Civil Veterinary Dept. Assam report 1911-1927 - 1911-1927
Year: 1911
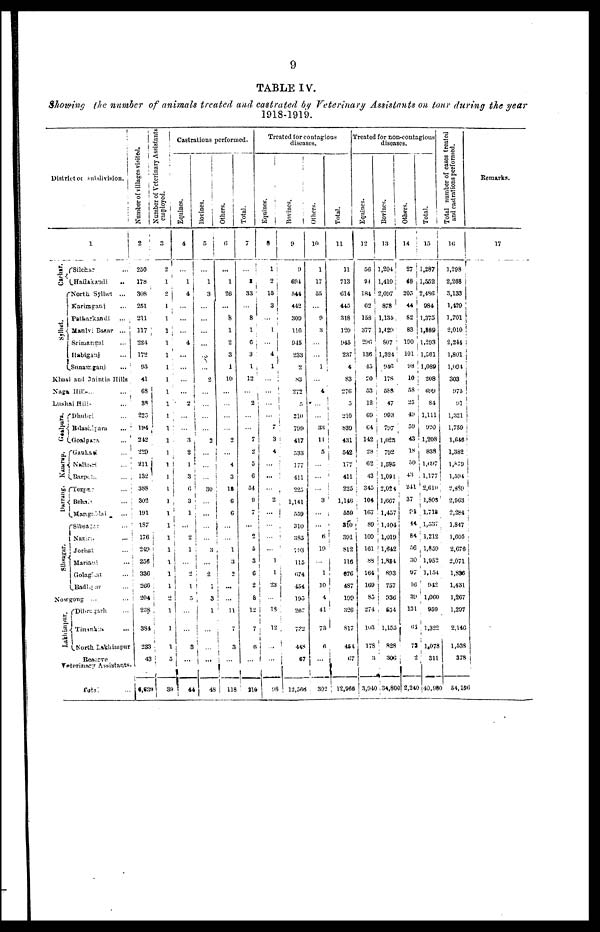
9
TABLE IV.
Showing the number of animals treated and castrated by Veterinary Assistants on tour during the year
1918-1919.
District or subdivision.
1
Cachar
Sylhet.
Silchar ...
Hailakandi ..
North Sylhet ...
Karnaganj ...
Patharkandi
...
Maulvi Bazar ...
Srimangal ...
Habiganj ...
Sunamganj
...
Khasi and Jaintia Hills
Naga Hills ... ...
Lushai Hill ...
Goalpara.
Kamrup.
Darning.
Sibsagar.
Dhubri ...
Bhilaspura ...
Goalpara...
Gauhati ...
Nalbari ...
Barpeta ...
Tezpur ...
Be
Mangaldai ....
Sibsagar ...
Nazira ...
Jorhat ...
Mariani ...
Golaghat ...
Badlipur ...
Nowgong
... ...
Lakhimpur.
Dibrugarh ...
Tinasakia
North Lakhimpur
Researve
Veterinary Assistants.
Total.
Number
of villages visited.
2
250
178
308
251
211
117
224
172
95
41
68
88
223
194
212
229
211
132
388
302
191
187
176
249
236
33G
266
204
238
384
233
43
6,639
Number of Veterinary Assistants
employed.
3
2
1
2
1
1
1
1
1
1
1
1
1
1
1
1
1
1
1
1
1
1
1
1
1
1
1
1
2
1
…
1
5
39
Castrations performed.
Equines.
4
...
1
4
…
…
…
4
…
…
…
…
2
…
…
3
2
1
3
6
3
1
…
2
1
...
2
1
3
...
...
3
...
44
Bovines.
5
…
1
3
...
...
...
...
...
…
2
…
...
…
. . .
2
...
…
…
30
…
…
…
…
3
...
2
1
3
1
...
...
...
48
Others.
6
...
l
26
...
…
…
…
…
…
10
...
…
...
...
2
...
4
3
18
6
6
...
...
1
3
2
...
...
11
7
3
…
| 118
Total.
7
…
3
33
...
8
1
6
3
1
12
...
2
…
...
7
2
5
6
54
11
7
...
2
5
3
6
2
8
12
7
6
…
210
Treated for contagious
diseases.
Equines.
8
1
2
15
3
…
…
...
4
1
…
...
...
...
7
3
4
…
...
…
2
…
...
…
…
1
1
23
…
18
12
...
…
98
Bovines.
9
9
694
544
442
309
116
915
233
2
83
272
5.
210
799
417
533
177
411
225
1,141
559
310
385
793
115
674
454
195
267
732
448
67
12,566
Others.
10
1
17
55
…
9
3
…
…
1
…
4
…
33
11
5
…
…
…
3
…
…
6
19
…
1
10
4
41
73
6
...
30
Total.
11
11
713
614
445
318
120
945
237
4
83
276
…
210
839
431
542
177
411
225
1,146
559
310
391
812
116
676
487
199
326
817
454
67
12,966
Treated for non-coutagious
diseases.
Equines.
12
56
94
184
62
158
377
296
136
45
20
53
12
69
64
142
28
62
43
345
104
167
89
109
161
88
164
169
85
274
103
178
3
Bovines.
13
1,204
1,410
2,097
878
1,135
1,429
807
1,324
946
178
588
47
993
797
1,023
792
1,585
| 1,091
2,024
1,667
1,457
1,404
1,019
1,642
1,884
893
| 757
336
1 554.
1,155
828
306
34,800
Others.
14
27
48
203
44
82
83
190
101
98
10
58
…
49
59
43
18
50
43
241
37
91
44
84
56
30
97
16
39
131
61
72
2
J 2,240
Total.
15
1,287
1,552
2,486
984
1,375
1,889
1,293
1,561
1,089
208
699
84
1,111
920
1,208
838
1,697
1,177
2,610
1,803
1,718
1,537
1,212
1,859
1,952
1,154
942
1,060
959
1,322
1,078
311
40,980
Total number of cases treated
and castrations performed.
16
1,298
2,268
3.133
1,429
1.701
2,010
2,244
1,801
1,094
303
975
91
1,321
1,759
1,646
1,382
l,879
1,594
2,889
2,963
2,284'
i
1,847
1,605
2,676
2,071
1,836
1,431
3,267
1,297
2,146
1,538
378
54,156
Remarks.
17